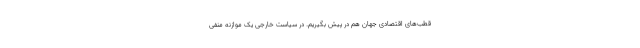
قطب‌های اقتصادی جهان هم در پیش بگیریم. در سیاست خارجی یک موازنه منفی